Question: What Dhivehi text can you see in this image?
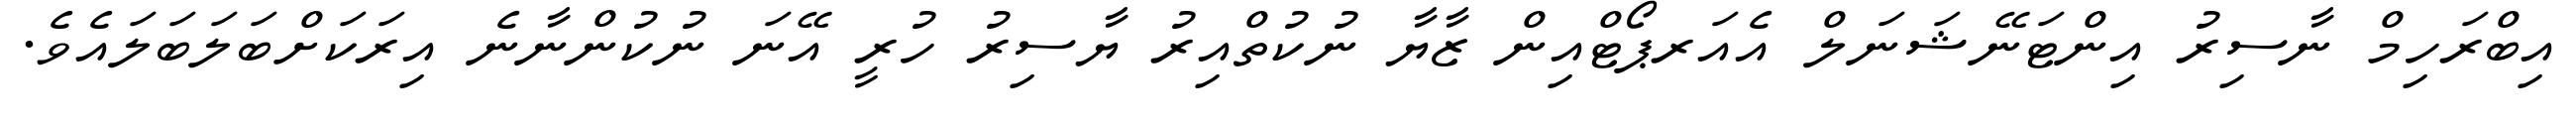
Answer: އިބްރަހިމް ނާސިރު އިންޓަނޭޝަނަލް އެއަރޕޯޓްއިން ޒާޔާ ނުކުތްއިރު ޔާސިރު ހުރީ އޭނަ ނުކުންނާނެ އިރަކަށްބަލަބަލައެވެ.